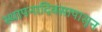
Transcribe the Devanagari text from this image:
स्थापनादिवसापासून